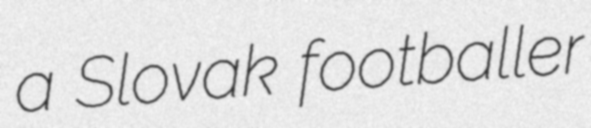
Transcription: a Slovak footballer